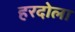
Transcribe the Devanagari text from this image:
हरदोला